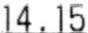
14.15